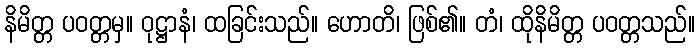
နိမိတ္တ ပဝတ္တမှ။ ဝုဋ္ဌာနံ၊ ထခြင်းသည်။ ဟောတိ၊ ဖြစ်၏။ တံ၊ ထိုနိမိတ္တ ပဝတ္တသည်။